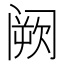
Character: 阙